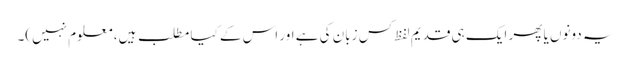
یہ دونوں یا پھر ایک ہی قدیم لفظ کس زبان کی ہے اور اس کے کیا مطلب ہیں، معلوم نہیں)۔